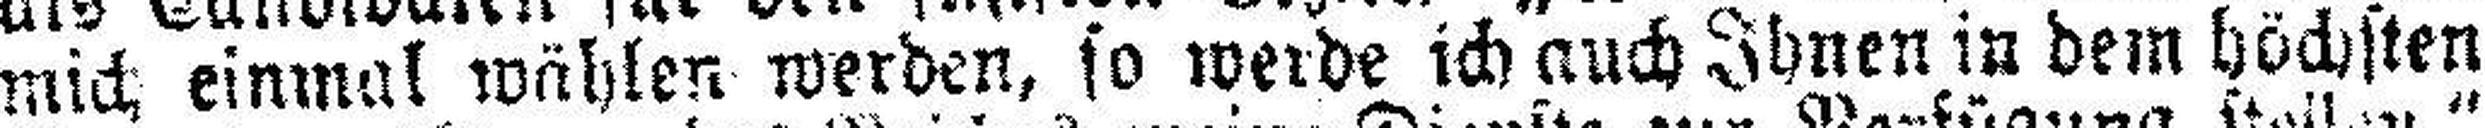
mich einmal wählen werden, so werde ich auch Ihnen in dem höchsten